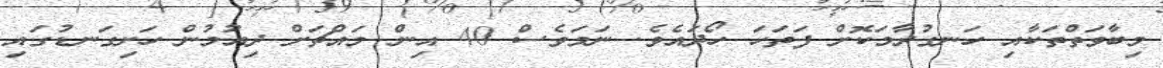
މިބާވަތްތަކާއި ހަނގުރާމަކޮށް ފަތަހަ ހޯދައެވެ. ނަމަވެސް 40 އިން މައްޗަށް ދިއުމުން ހަށިގަނޑުގައި